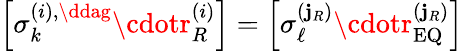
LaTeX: \left[\sigma_{k}^{\left(i\right),\ddag}\cdotr_{R}^{\left(i\right)}\right]=\left[\sigma_{\ell}^{\left(\mathbf{j}_{R}\right)}\cdotr_{\mathrm{{EQ}}}^{\left(\mathbf{j}_{R}\right)}\right]